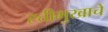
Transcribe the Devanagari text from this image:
ह्त्तीमुखाचे